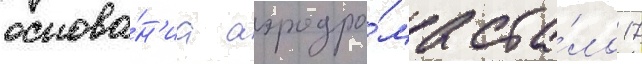
основа́н'иа аэродро́ма ста́ло 17